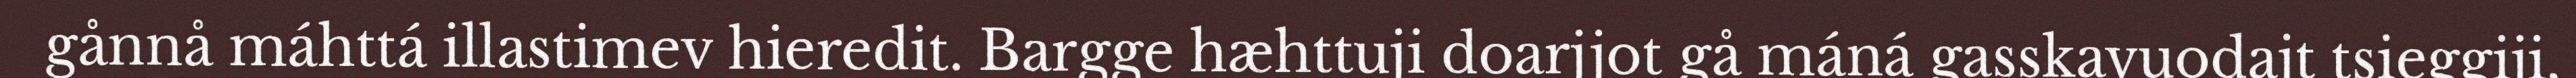
gånnå máhttá illastimev hieredit. Bargge hæhttuji doarjjot gå máná gasskavuodajt tsieggiji,